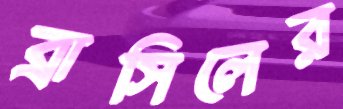
ব্রাসিলের